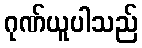
ဂုဏ်ယူပါသည်